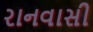
રાનવાસી